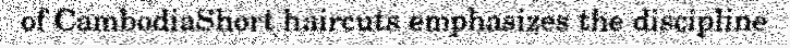
of CambodiaShort haircuts emphasizes the discipline